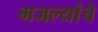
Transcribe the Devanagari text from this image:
मजल्यांचे